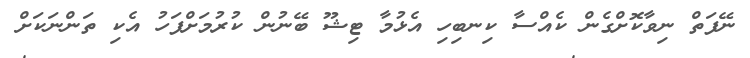
ނޭފަތް ނިވާކޮށްގެން ކެއްސާ ކިނބިހި އެޅުމާ ޓިޝޫ ބޭނުން ކުރުމަށްފަހު އެކި ތަންނަކަށް